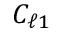
C _ { \ell 1 }